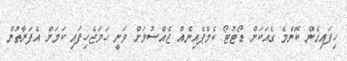
ހިފައިގެން ކޮންމެ ގެއަކަށް ޑޯޓުޓޯ ކެމްޕެއިނެއް ޖެއްސުމަށް ވަނީ ހަމަޖެހިފައި ކަމަށް އެފަރާތުން